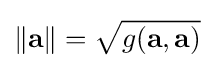
\left\|\mathbf {a} \right\|={\sqrt {g(\mathbf {a} ,\mathbf {a} )}}